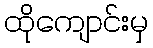
ထိုကျောင်းမှ